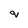
Character: q